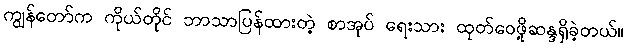
ကျွန်တော်က ကိုယ်တိုင် ဘာသာပြန်ထားတဲ့ စာအုပ် ရေးသား ထုတ်ဝေဖို့ဆန္ဒရှိခဲ့တယ်။